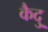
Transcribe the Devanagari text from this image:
कैदु